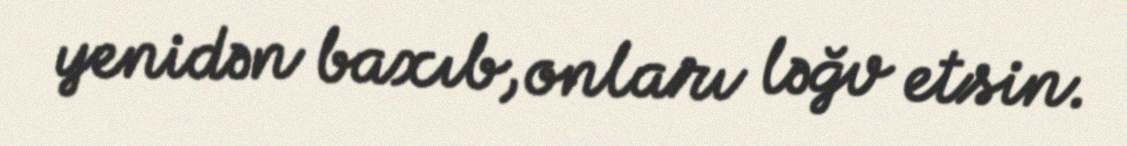
yenidən baxıb, onları ləğv etsin.